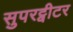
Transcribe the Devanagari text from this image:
सुपरट्वीटर